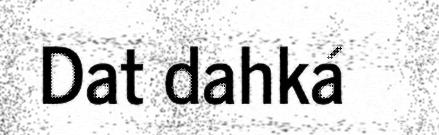
Dat dahká